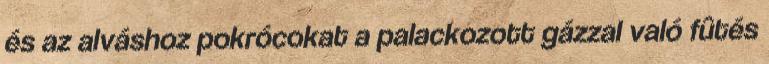
és az alváshoz pokrócokat a palackozott gázzal való fûtés